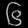
Digit: ၆